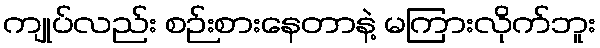
ကျုပ်လည်း စဉ်းစားနေတာနဲ့ မကြားလိုက်ဘူး